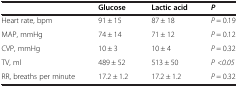
<table><thead><tr><td><b> </b></td><td><b>Glucose</b></td><td><b>Lactic acid</b></td><td><b><i>P</i></b></td></tr></thead><tbody><tr><td>Heart rate, bpm</td><td>91 ± 15</td><td>87 ± 18</td><td><i>P</i> = 0.19</td></tr><tr><td>MAP, mmHg</td><td>74 ± 14</td><td>71 ± 12</td><td><i>P</i> = 0.12</td></tr><tr><td>CVP, mmHg</td><td>10 ± 3</td><td>10 ± 4</td><td><i>P</i> = 0.32</td></tr><tr><td>TV, ml</td><td>489 ± 52</td><td>513 ± 50</td><td><i>P &lt;0.05</i></td></tr><tr><td>RR, breaths per minute</td><td>17.2 ± 1.2</td><td>17.2 ± 1.2</td><td><i>P</i> = 0.32</td></tr></tbody></table>